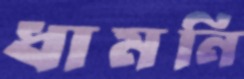
ধামনি